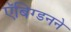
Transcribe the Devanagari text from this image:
ऍबिग्डनने